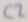
Text: C2